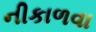
નીકાળવા